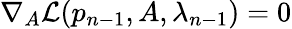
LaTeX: \nabla_{A}\mathcal{L}(p_{n-1},A,\lambda_{n-1})=0